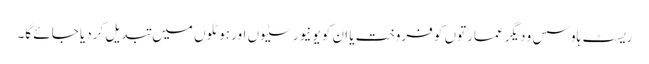
ریسٹ ہاوسس و دیگر عمارتوں کو فروخت یا ان کو یونیورسٹیوں اور ہوٹلوں میں تبدیل کردیا جائے گا۔